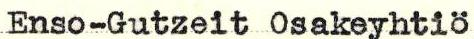
Enso-Gutzeit Osakeyhtiö